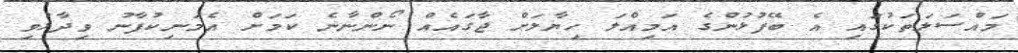
މައްސަލަތަކުގައި އެ ބޭފުޅުންގެ އަމިއްލަ ހިޔާލަށް ޖާގައެއް ނޯންނާނެ ކަމަށް އެމަނިކުފާނު ވިދާޅުވި